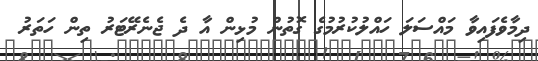
ދިމާވެފައިވާ މައްސަލަ ހައްލުކުރުމުގެ ގޮތުން މުޅިން އާ ދެ ޖެނެރޭޓަރު ތިން ހަތަރު